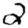
Digit: 2